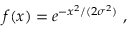
f ( x ) = e ^ { - x ^ { 2 } / ( 2 \sigma ^ { 2 } ) } \ ,